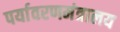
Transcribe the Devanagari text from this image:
पर्यावरणमंत्रालय